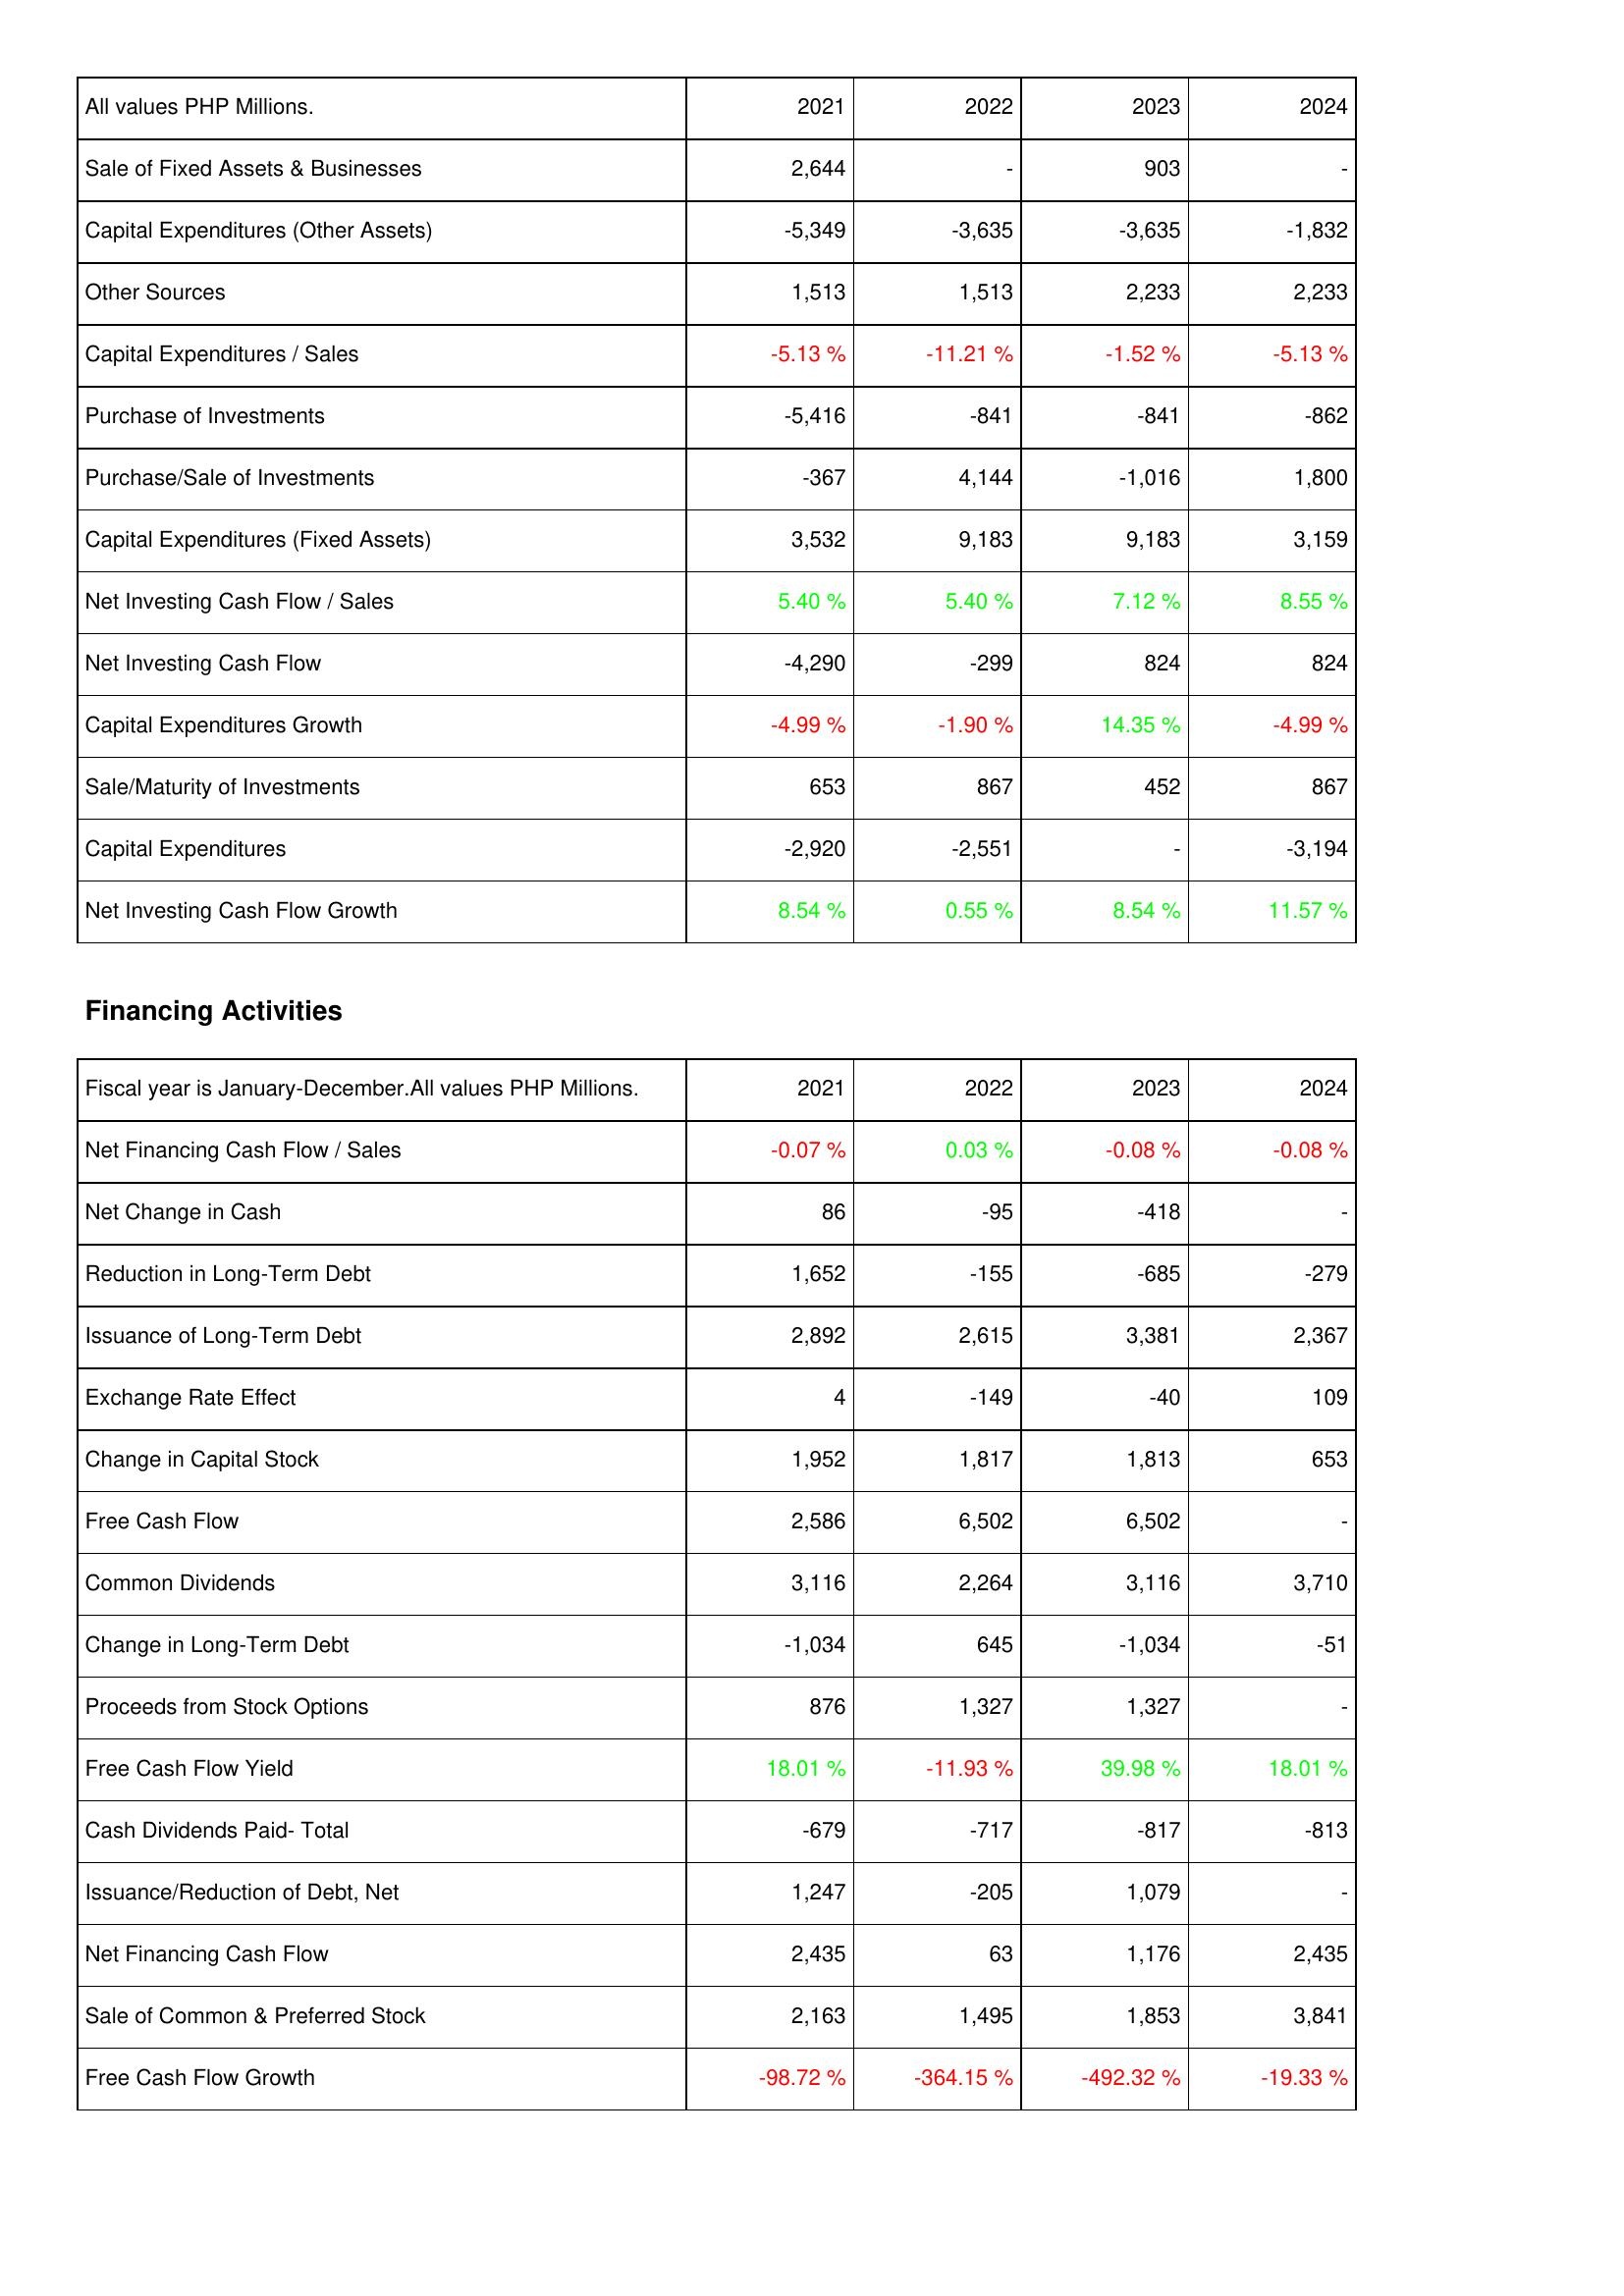
2021: Investing Activities: Sale of Fixed Assets & Businesses: 2,644
Capital Expenditures (Other Assets): -5,349
Other Sources: 1,513
Capital Expenditures / Sales: -5.13 %
Purchase of Investments: -5,416
Purchase/Sale of Investments: -367
Capital Expenditures (Fixed Assets): 3,532
Net Investing Cash Flow / Sales: 5.40 %
Net Investing Cash Flow: -4,290
Capital Expenditures Growth: -4.99 %
Sale/Maturity of Investments: 653
Capital Expenditures: -2,920
Net Investing Cash Flow Growth: 8.54 %
Financing Activities: Net Financing Cash Flow / Sales: -0.07 %
Net Change in Cash: 86
Reduction in Long-Term Debt: 1,652
Issuance of Long-Term Debt: 2,892
Exchange Rate Effect: 4
Change in Capital Stock: 1,952
Free Cash Flow: 2,586
Common Dividends: 3,116
Change in Long-Term Debt: -1,034
Proceeds from Stock Options: 876
Free Cash Flow Yield: 18.01 %
Cash Dividends Paid- Total: -679
Issuance/Reduction of Debt, Net: 1,247
Net Financing Cash Flow: 2,435
Sale of Common & Preferred Stock: 2,163
Free Cash Flow Growth: -98.72 %
2022: Investing Activities: Sale of Fixed Assets & Businesses: -
Capital Expenditures (Other Assets): -3,635
Other Sources: 1,513
Capital Expenditures / Sales: -11.21 %
Purchase of Investments: -841
Purchase/Sale of Investments: 4,144
Capital Expenditures (Fixed Assets): 9,183
Net Investing Cash Flow / Sales: 5.40 %
Net Investing Cash Flow: -299
Capital Expenditures Growth: -1.90 %
Sale/Maturity of Investments: 867
Capital Expenditures: -2,551
Net Investing Cash Flow Growth: 0.55 %
Financing Activities: Net Financing Cash Flow / Sales: 0.03 %
Net Change in Cash: -95
Reduction in Long-Term Debt: -155
Issuance of Long-Term Debt: 2,615
Exchange Rate Effect: -149
Change in Capital Stock: 1,817
Free Cash Flow: 6,502
Common Dividends: 2,264
Change in Long-Term Debt: 645
Proceeds from Stock Options: 1,327
Free Cash Flow Yield: -11.93 %
Cash Dividends Paid- Total: -717
Issuance/Reduction of Debt, Net: -205
Net Financing Cash Flow: 63
Sale of Common & Preferred Stock: 1,495
Free Cash Flow Growth: -364.15 %
2023: Investing Activities: Sale of Fixed Assets & Businesses: 903
Capital Expenditures (Other Assets): -3,635
Other Sources: 2,233
Capital Expenditures / Sales: -1.52 %
Purchase of Investments: -841
Purchase/Sale of Investments: -1,016
Capital Expenditures (Fixed Assets): 9,183
Net Investing Cash Flow / Sales: 7.12 %
Net Investing Cash Flow: 824
Capital Expenditures Growth: 14.35 %
Sale/Maturity of Investments: 452
Capital Expenditures: -
Net Investing Cash Flow Growth: 8.54 %
Financing Activities: Net Financing Cash Flow / Sales: -0.08 %
Net Change in Cash: -418
Reduction in Long-Term Debt: -685
Issuance of Long-Term Debt: 3,381
Exchange Rate Effect: -40
Change in Capital Stock: 1,813
Free Cash Flow: 6,502
Common Dividends: 3,116
Change in Long-Term Debt: -1,034
Proceeds from Stock Options: 1,327
Free Cash Flow Yield: 39.98 %
Cash Dividends Paid- Total: -817
Issuance/Reduction of Debt, Net: 1,079
Net Financing Cash Flow: 1,176
Sale of Common & Preferred Stock: 1,853
Free Cash Flow Growth: -492.32 %
2024: Investing Activities: Sale of Fixed Assets & Businesses: -
Capital Expenditures (Other Assets): -1,832
Other Sources: 2,233
Capital Expenditures / Sales: -5.13 %
Purchase of Investments: -862
Purchase/Sale of Investments: 1,800
Capital Expenditures (Fixed Assets): 3,159
Net Investing Cash Flow / Sales: 8.55 %
Net Investing Cash Flow: 824
Capital Expenditures Growth: -4.99 %
Sale/Maturity of Investments: 867
Capital Expenditures: -3,194
Net Investing Cash Flow Growth: 11.57 %
Financing Activities: Net Financing Cash Flow / Sales: -0.08 %
Net Change in Cash: -
Reduction in Long-Term Debt: -279
Issuance of Long-Term Debt: 2,367
Exchange Rate Effect: 109
Change in Capital Stock: 653
Free Cash Flow: -
Common Dividends: 3,710
Change in Long-Term Debt: -51
Proceeds from Stock Options: -
Free Cash Flow Yield: 18.01 %
Cash Dividends Paid- Total: -813
Issuance/Reduction of Debt, Net: -
Net Financing Cash Flow: 2,435
Sale of Common & Preferred Stock: 3,841
Free Cash Flow Growth: -19.33 %